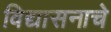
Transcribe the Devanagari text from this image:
विद्यासनाचे